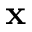
\mathbf { x }